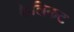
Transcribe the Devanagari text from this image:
केलिकट